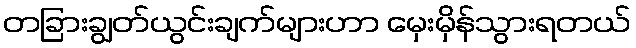
တခြားချွတ်ယွင်းချက်များဟာ မှေးမှိန်သွားရတယ်